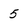
Character: 5